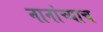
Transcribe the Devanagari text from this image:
नानांच्याच